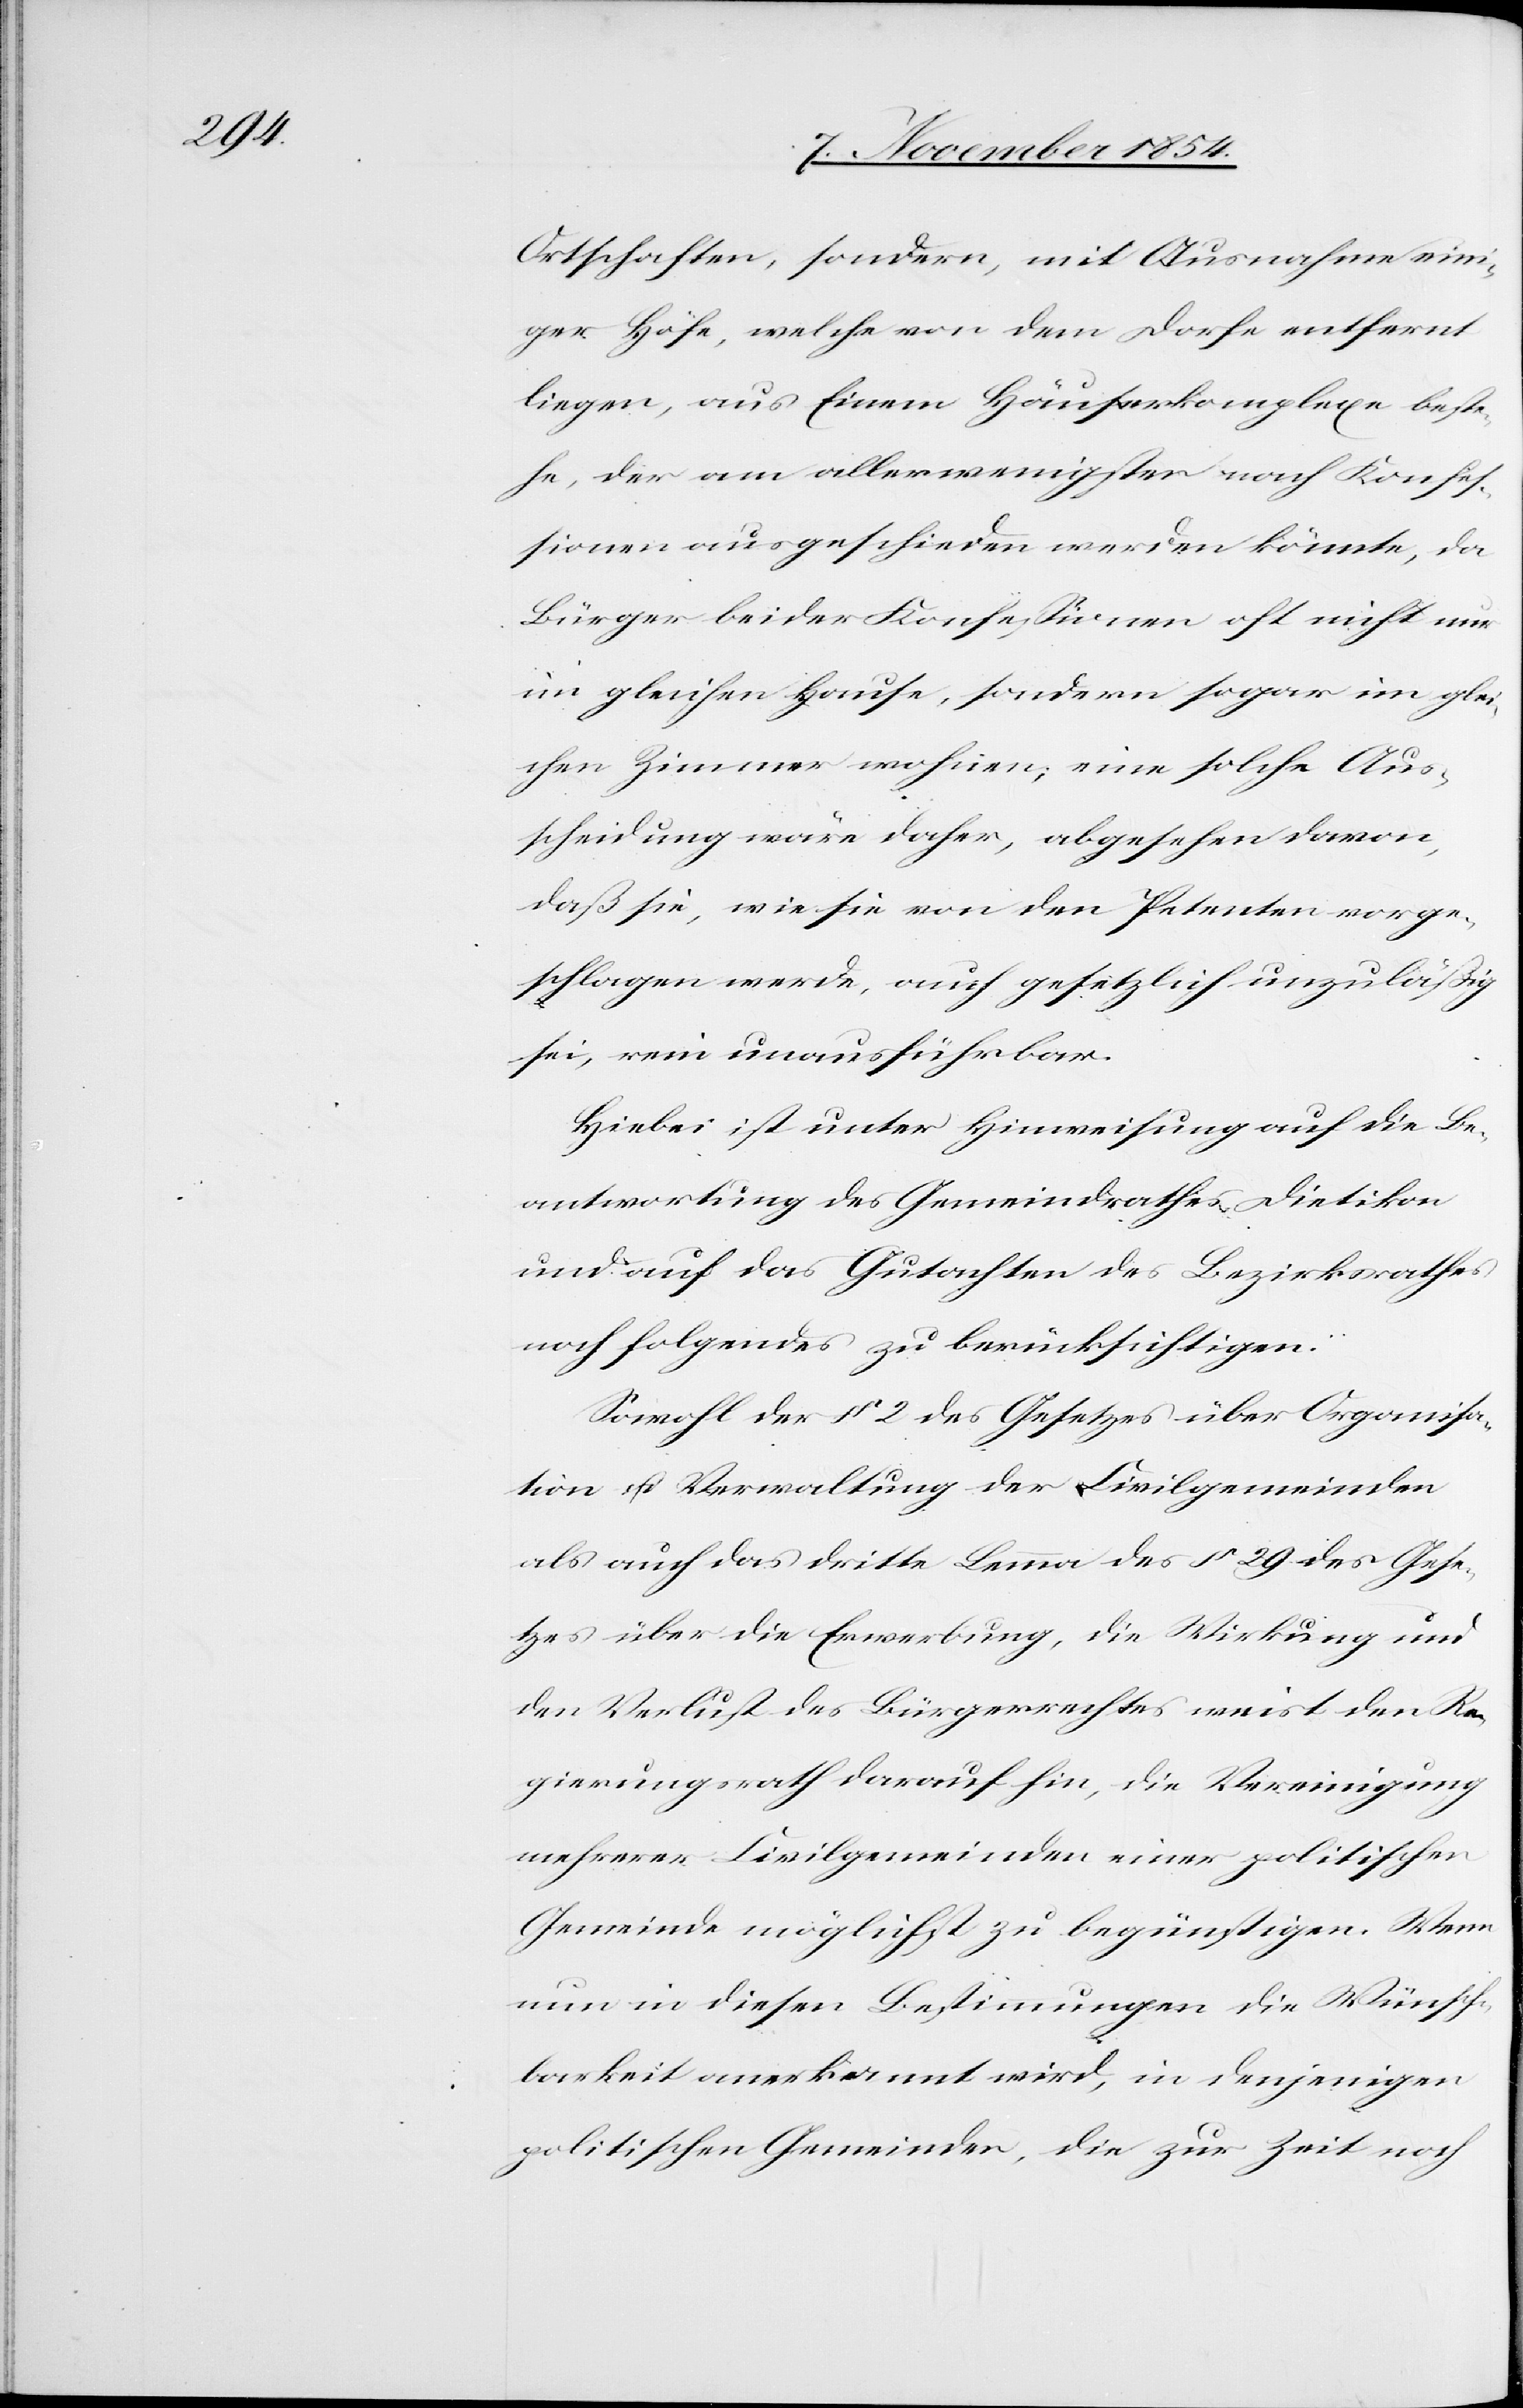
Ortschaften, sondern, mit Ausnahme eini¬
ger Höfe, welche von dem Dorfe entfernt
liegen, aus Einem Häuserkomplexe beste¬
he, der am allerwenigsten nach Konfe¬
ßionen ausgeschieden werden könnte, da
Bürger beider Konfeßionen oft nicht nur
im gleichen Hause, sondern sogar im glei¬
chen Zimmer wohnen; eine solche Aus¬
scheidung wäre daher, abgesehen davon,
daß sie, wie sie von den Petenten vorge¬
schlagen werde, auch gesetzlich unzuläßig
sei, rein unausführbar.
Hiebei ist unter Hinweisung auf die Be¬
antwortung des Gemeindrathes Dietikon
und auf das Gutachten des Bezirksrathes
noch folgendes zu berücksichtigen:
Sowohl der § 2 des Gesetzes über Organisa¬
tion u. Verwaltung der Civilgemeinden
als auch das dritte Lemma des § 29 des Gese¬
tzes über die Erwerbung, die Wirkung und
den Verlust des Bürgerrechtes weist den Re¬
gierungsrath darauf hin, die Vereinigung
mehrerer Civilgemeinden einer politischen
Gemeinde möglichst zu begünstigen. Wenn
nun in diesen Bestimmungen die Wünsch¬
barkeit anerkannt wird, in denjenigen
politischen Gemeinden, die zur Zeit noch